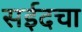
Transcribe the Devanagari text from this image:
सईदचा